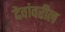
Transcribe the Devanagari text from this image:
देवांवरील